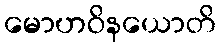
မောဟဝိနယောတိ